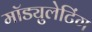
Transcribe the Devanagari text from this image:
मॉड्युलेटिंग